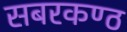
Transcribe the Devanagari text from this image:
सबरकण्ठ